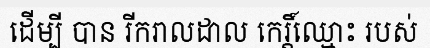
ដើម្បី បាន រីករាលដាល កេរ្តិ៍ឈ្មោះ របស់